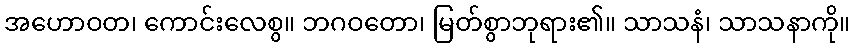
အဟောဝတ၊ ကောင်းလေစွ။ ဘဂဝတော၊ မြတ်စွာဘုရား၏။ သာသနံ၊ သာသနာကို။